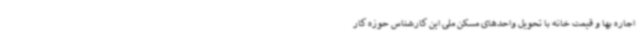
اجاره بها و قیمت خانه با تحویل واحدهای مسکن ملی این کارشناس حوزه کار